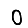
Digit: 0